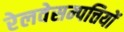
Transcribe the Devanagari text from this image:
रेलवेसम्पत्तियों